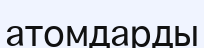
атомдарды